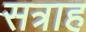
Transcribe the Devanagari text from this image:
सत्राह